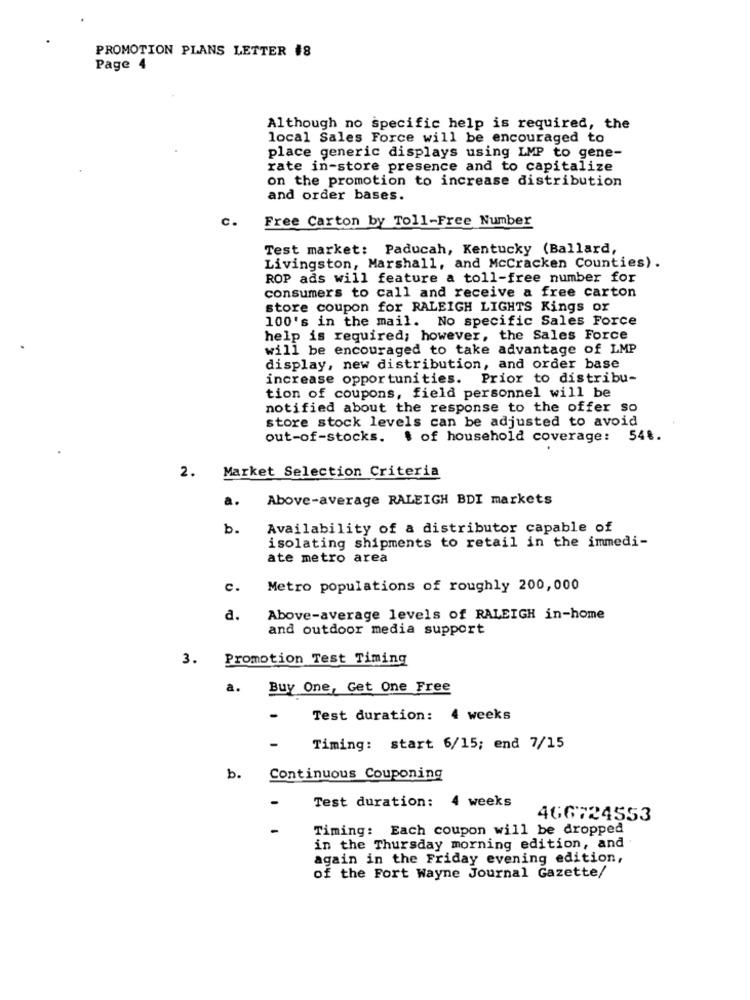
PROMOTION PLANS LETTER #8
Page 4
Although no Specific help is required, the
local Sales Force will be encouraged to
place generic displays using LMP to gene-
rate in-store presence and to capitalize
on the promotion to increase distribution
and order bases.
C.
Free Carton by Toll-Free Number
Test market: Paducah, Kentucky (Ballard,
Livingston, Marshall, and Mccracken Counties).
ROP ads will feature a toll-free number for
consumers to call and receive a free carton
store coupon for RALEIGH LIGHTS Kings or
100's in the mail. No specific Sales Force
help is required; however, the Sales Force
will be encouraged to take advantage of LMP
display, new distribution, and order base
increase opportunities. Prior to distribu-
tion of coupons, field personnel will be
notified about the response to the offer so
store stock levels can be adjusted to avoid
out-of-stocks. $ of household coverage: 54 ..
2. Market Selection Criteria
a.
Above-average RALEIGH BDI markets
b.
Availability of a distributor capable of
isolating shipments to retail in the immedi-
ate metro area
c.
Metro populations of roughly 200,000
a.
Above-average levels of RALEIGH in-home
and outdoor media support
3. Promotion Test Timing
a.
Buy One, Get One Free
Test duration: 4 weeks
Timing: start 6/15; end 7/15
b.
Continuous Couponing
Test duration: 4 weeks
466724553
Timing: Each coupon will be dropped
in the Thursday morning edition, and
again in the Friday evening edition,
of the Fort Wayne Journal Gazette/